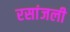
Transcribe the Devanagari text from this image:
रसांजली